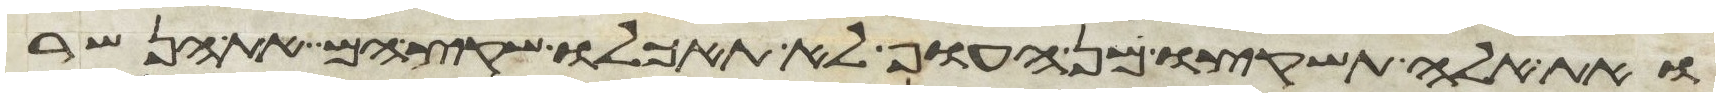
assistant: ואת אלה תשקצו מן העוף לא תאכלו שקץ הם את הנשר